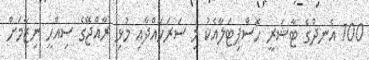
100 އެނދުގެ ޓާޝަރީ ހޮސްޕިޓަލާއެކު މި ސަރަހައްދާއި މުޅި ރާއްޖޭގެ ސިއްހީ ނިޒާމަށް